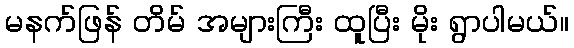
မနက်ဖြန် တိမ် အများကြီး ထူပြီး မိုး ရွာပါမယ်။